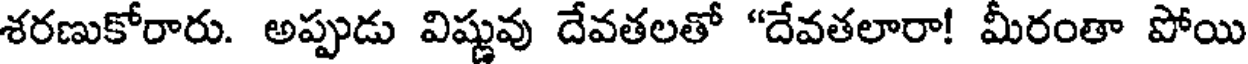
శరణుకోరారు. అప్పుడు విష్ణువు దేవతలతో "దేవతలారా! మీరంతా పోయి